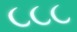
૮૮૮